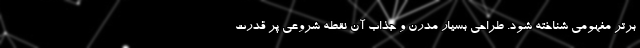
برتر مفهومی شناخته شود. طراحی بسیار مدرن و جذاب آن نقطه شروعی پر قدرت